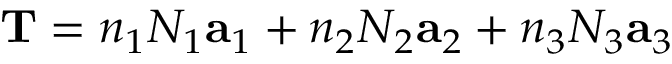
{ \bf T } = n _ { 1 } N _ { 1 } { \bf a } _ { 1 } + n _ { 2 } N _ { 2 } { \bf a } _ { 2 } + n _ { 3 } N _ { 3 } { \bf a } _ { 3 }